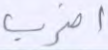
اضرب